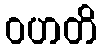
ဝဟတိ